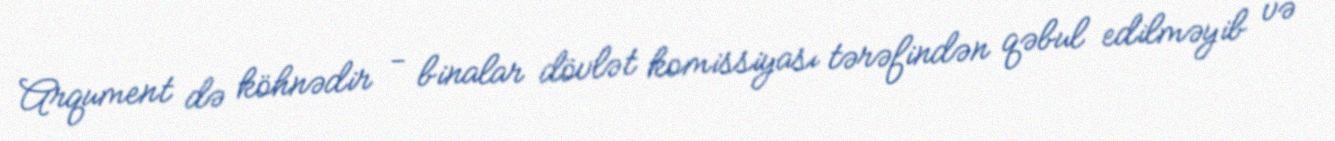
Arqument də köhnədir - binalar dövlət komissiyası tərəfindən qəbul edilməyib və